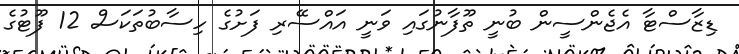
ޑިޒާސްޓާ އެޖެންސީން ބުނީ ތޫފާނުގައި ވަނީ އައްސޭރި ފަށުގެ ހިސާބުތަކަސް 12 ފޫޓުގެ